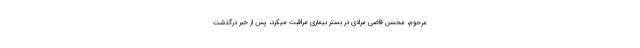
مرحوم، محسن قاضی مرادی در بستر بیماری مراقبت میکرد، پس از خبر درگذشت